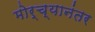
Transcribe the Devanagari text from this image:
मोर्च्यानंतर